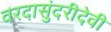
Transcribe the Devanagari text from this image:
वरदासुंदरीदेवी